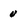
Character: v